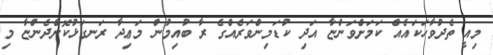
މިއީ ތެދުވާހަކައެއް ކަމަށްވަންޏާ އަދި ކުޑަމިންވަރެއްގެ ރާ ބުއިމުން މަޢިދާ ރަނގަޅުކޮށްދެންޏާ މި